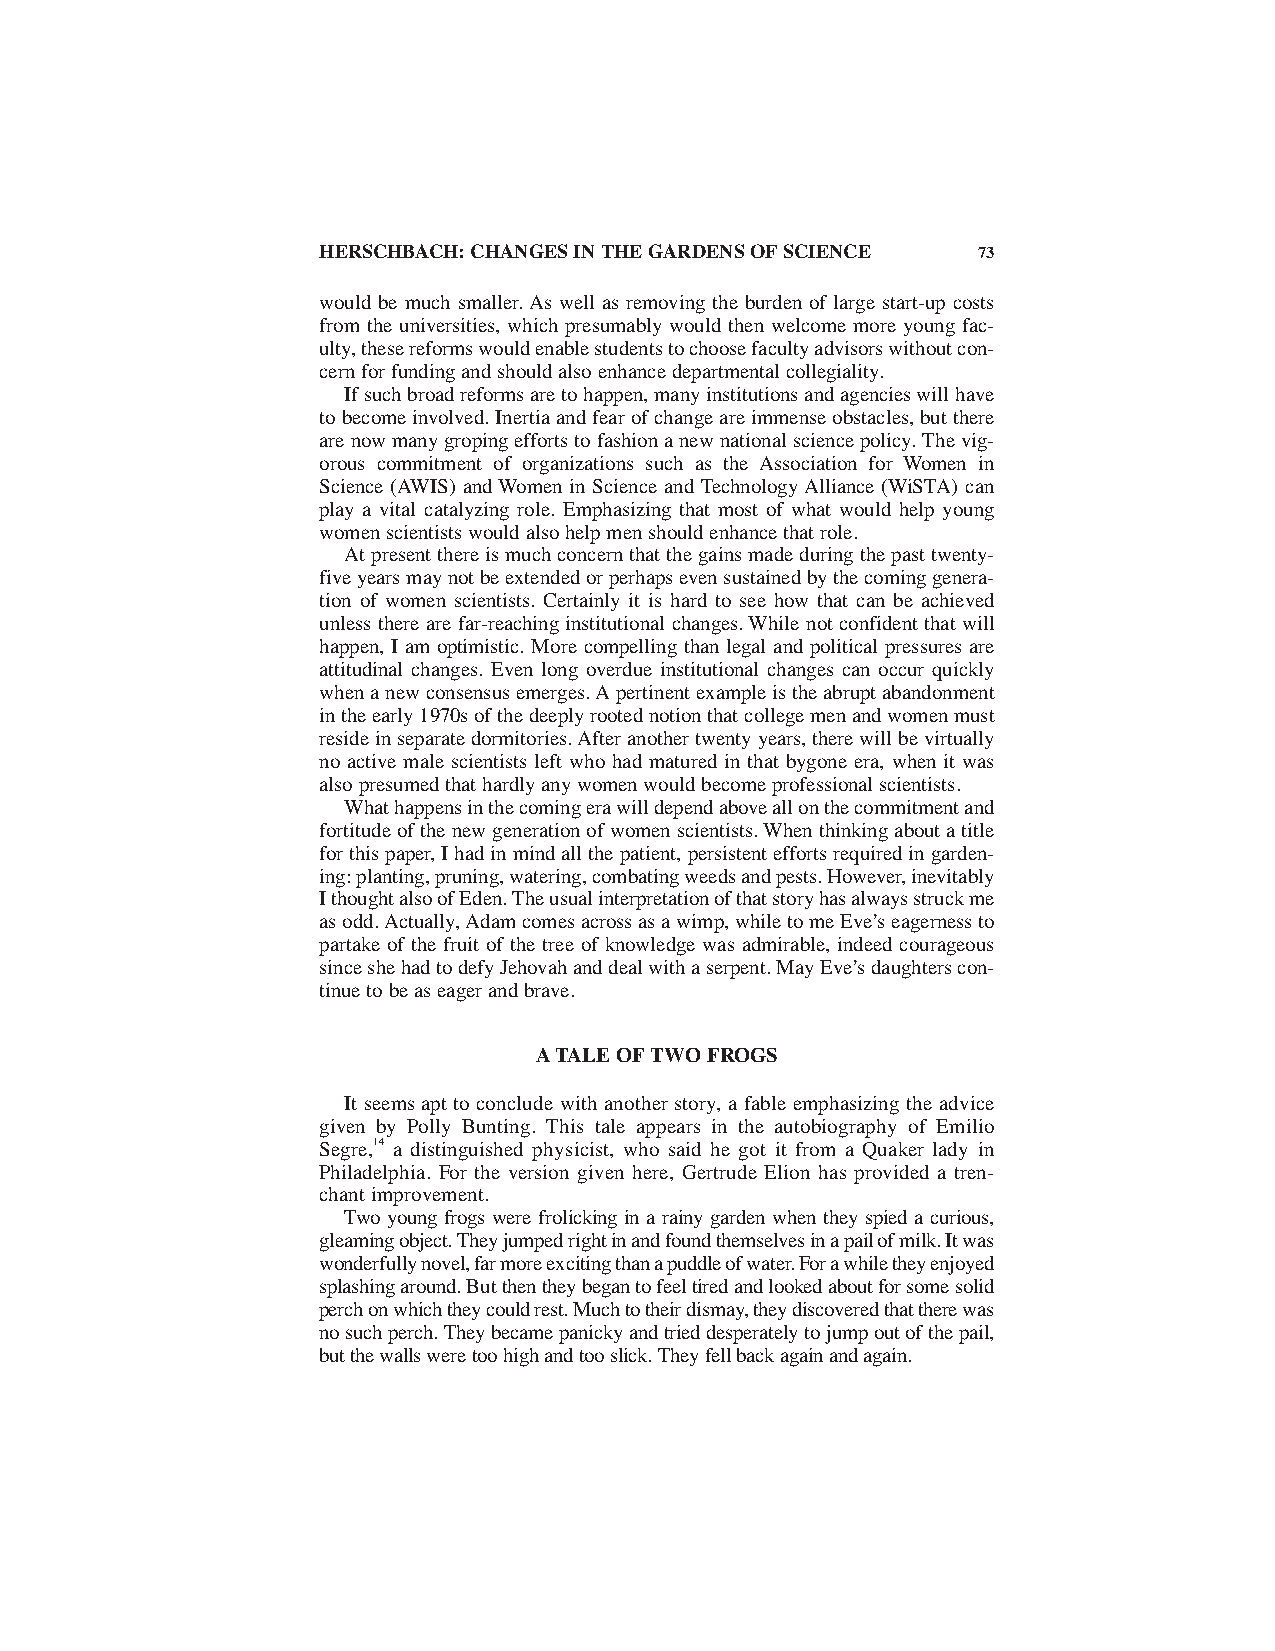
HERSCHBACH:CHANGES IN THE GARDENS OF SCIENCE 73
 would be much smaller. As well as removing the burden of large start-up costs
 from the universities, which presumably would then welcome more young fac-
 ulty,these reforms would enable students to choose faculty advisors without con-
 cern for funding and should also enhance departmental collegiality.
 If such broad reforms are to happen,many institutions and agencies will have
 to become involved. Inertia and fear of change are immense obstacles,but there
 are now many groping efforts to fashion a new national science policy. The vig-
 orous commitment of organizations such as the Association for Women in
 Science (AWIS) and Women in Science and Technology Alliance (WiSTA) can
 play a vital catalyzing role. Emphasizing that most of what would help young
 women scientists would also help men should enhance that role.
 At present there is much concern that the gains made during the past twenty-
 five years may not be extended or perhaps even sustained by the coming genera-
 tion of women scientists. Certainly it is hard to see how that can be achieved
 unless there are far-reaching institutional changes. While not confident that will
 happen, I am optimistic. More compelling than legal and political pressures are
 attitudinal changes. Even long overdue institutional changes can occur quickly
 when a new consensus emerges. A pertinent example is the abrupt abandonment
 in the early 1970s of the deeply rooted notion that college men and women must
 reside in separate dormitories. After another twenty years,there will be virtually
 no active male scientists left who had matured in that bygone era, when it was
 also presumed that hardly any women would become professional scientists.
 What happens in the coming era will depend above all on the commitment and
 fortitude of the new generation of women scientists. When thinking about a title
 for this paper,I had in mind all the patient,persistent efforts required in garden-
 ing:planting,pruning,watering,combating weeds and pests. However,inevitably
 I thought also of Eden. The usual interpretation of that story has always struck me
 as odd. Actually,Adam comes across as a wimp,while to me Eve’s eagerness to
 partake of the fruit of the tree of knowledge was admirable, indeed courageous
 since she had to defy Jehovah and deal with a serpent. May Eve’s daughters con-
 tinue to be as eager and brave.
 A TALE OF TWO FROGS
 It seems apt to conclude with another story, a fable emphasizing the advice
 given by Polly Bunting. This tale appears in the autobiography of Emilio
 Segre,14 a distinguished physicist, who said he got it from a Quaker lady in
 Philadelphia. For the version given here, Gertrude Elion has provided a tren-
 chant improvement.
 Two young frogs were frolicking in a rainy garden when they spied a curious,
 gleaming object. They jumped right in and found themselves in a pail of milk. It was
 wonderfully novel,far more exciting than a puddle of water. For a while they enjoyed
 splashing around. But then they began to feel tired and looked about for some solid
 perch on which they could rest. Much to their dismay,they discovered that there was
 no such perch. They became panicky and tried desperately to jump out of the pail,
 but the walls were too high and too slick. They fell back again and again.